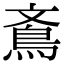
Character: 鴍